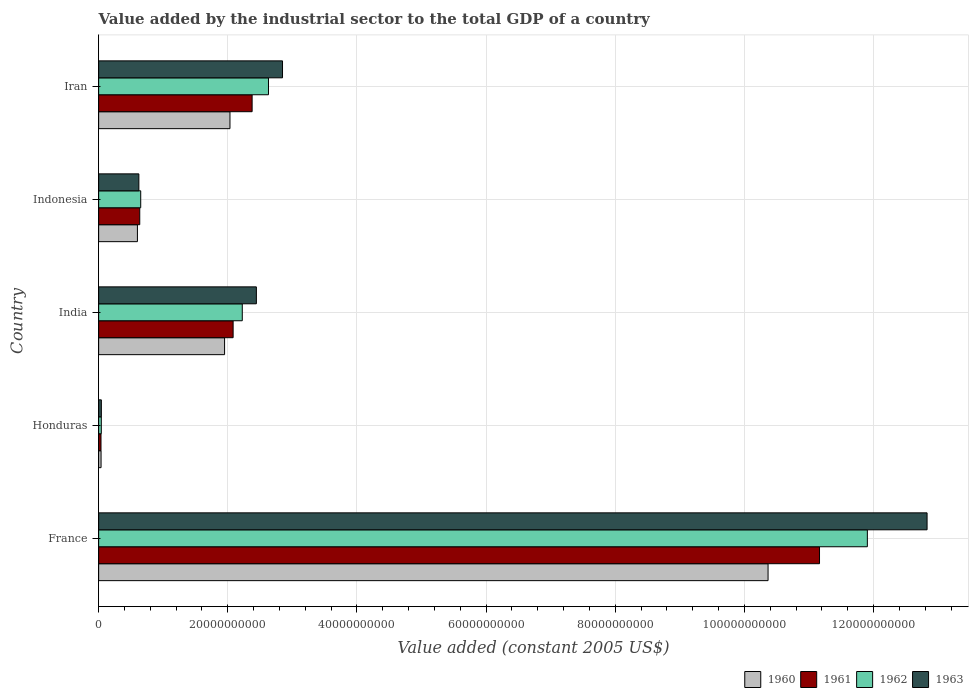
| Country | 1960 | 1961 | 1962 | 1963 |
 | --- | --- | --- | --- | --- |
 | France | 1.04e+11 | 1.12e+11 | 1.19e+11 | 1.28e+11 |
 | Honduras | 3.75e+08 | 3.66e+08 | 4.16e+08 | 4.23e+08 |
 | India | 1.95e+10 | 2.08e+10 | 2.22e+10 | 2.44e+10 |
 | Indonesia | 6.01e+09 | 6.37e+09 | 6.52e+09 | 6.23e+09 |
 | Iran | 2.03e+10 | 2.38e+10 | 2.63e+10 | 2.85e+10 |